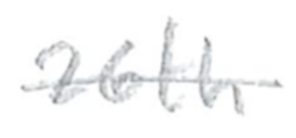
Text: 26th
Cross-out: single-line
Writing tool: pencil